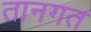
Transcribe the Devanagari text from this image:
तानगत